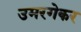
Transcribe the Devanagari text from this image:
उमरगेकर